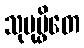
သုပုပ္ဖိတေ